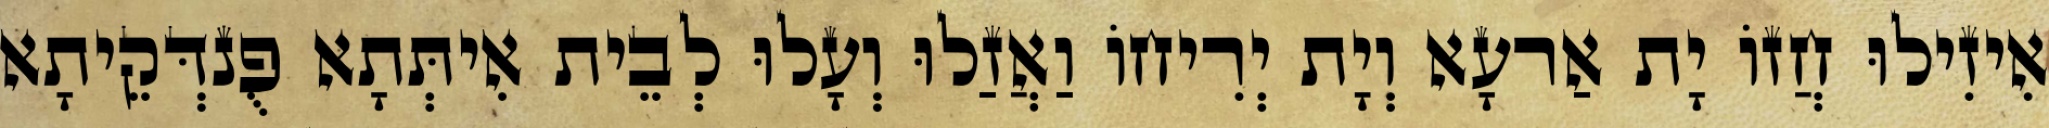
אִיזִילוּ חֲזוֹ יָת אַרעָא וְיָת יְרִיחוֹ וַאֲזַלוּ וְעָלוּ לְבֵית אִיתְּתָא פֻנדְּקֵיתָא